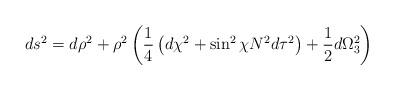
LaTeX: \begin{align*}ds^2 = d\rho^2 + \rho^2 \left( \frac{1}{4} \left( d\chi^2 + \sin^2{\chi} N^2 d\tau^2 \right) + \frac{1}{2} d\Omega^2_{3} \right)\end{align*}